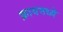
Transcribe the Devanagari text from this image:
क्रायमध्ये